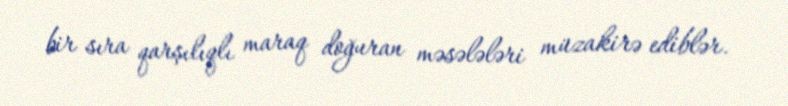
bir sıra qarşılıqlı maraq doğuran məsələləri müzakirə ediblər.